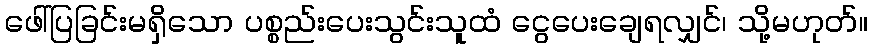
ဖေါ်ပြခြင်းမရှိသော ပစ္စည်းပေးသွင်းသူထံ ငွေပေးချေရလျှင်၊ သို့မဟုတ်။